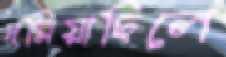
দমিয়াছিলে